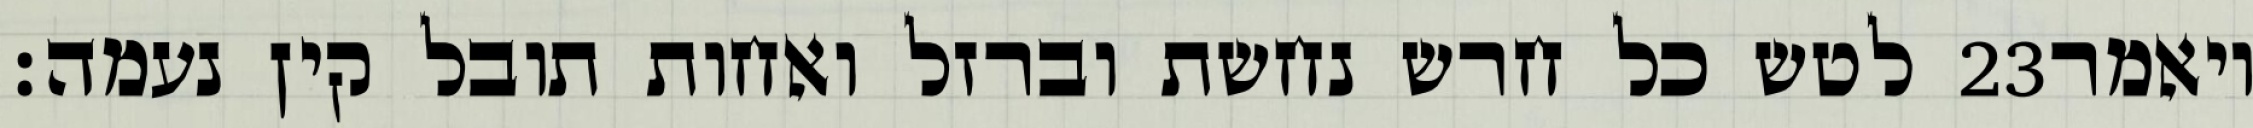
לטש כל חרש נחשת וברזל ואחות תובל קין נעמה׃ ‎23‏ ויאמר